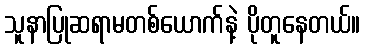
သူနာပြုဆရာမတစ်ယောက်နဲ့ ပိုတူနေတယ်။